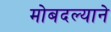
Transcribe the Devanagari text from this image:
मोबदल्याने